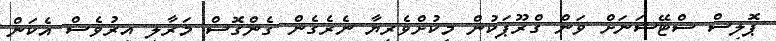
ޕޮލިސް ސްޓޭޝަނަށް ވަން ގްރޫޕަކުން މިކުށްވެރިޔާ ނެރެގެން ގެންގޮސް މަރާލި އިރުވެސް އެކަން